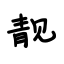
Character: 靓